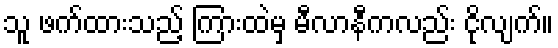
သူ ဖက်ထားသည့် ကြားထဲမှ မီလာနီကလည်း ငိုလျက်။